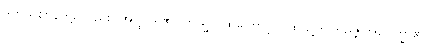
ဒုတိယဈာန်တို့၌လည်း။ အတ္ထိ၊ ရှိ၏။ တသ္မာ၊ ထိုကြောင့်။ (ထိုသို့တတြမဇ္ဈတ္တုပေက္ခာ၏